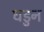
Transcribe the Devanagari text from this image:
घडुन